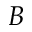
\boldsymbol { B }